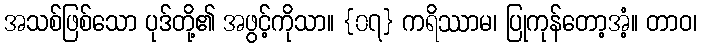
အသစ်ဖြစ်သော ပုဒ်တို့၏ အဖွင့်ကိုသာ။ {၀၇} ကရိဿာမ၊ ပြုကုန်တော့အံ့။ တာဝ၊